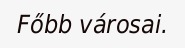
Főbb városai.